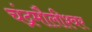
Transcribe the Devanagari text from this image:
चंद्रमौलीश्वर